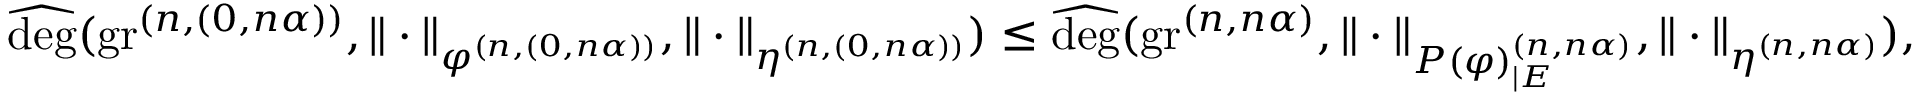
\begin{array} { r } { \widehat { \deg } ( \operatorname { g r } ^ { ( n , ( 0 , n \alpha ) ) } , \| \cdot \| _ { \varphi ^ { ( n , ( 0 , n \alpha ) ) } } , \| \cdot \| _ { \eta ^ { ( n , ( 0 , n \alpha ) ) } } ) \leq \widehat { \deg } ( \operatorname { g r } ^ { ( n , n \alpha ) } , \| \cdot \| _ { P ( \varphi ) _ { | E } ^ { ( n , n \alpha ) } } , \| \cdot \| _ { \eta ^ { ( n , n \alpha ) } } ) , } \end{array}